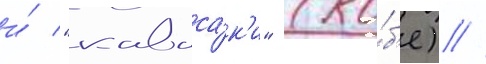
и́ "каваса́к'и" (ко́б'е) //